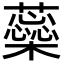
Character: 蘂